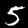
Digit: 5